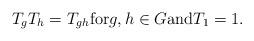
LaTeX: \begin{align*} T_{g}T_{h}=T_{gh} \mathrm{for} g, h \in G \mathrm{and} T_{1} = 1.\end{align*}